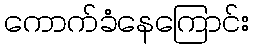
ကောက်ခံနေကြောင်း